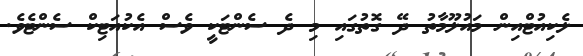
ލެކިއުޓްއިން މައުލޫމާތު ދޭ ގޮތުގައި މި ދެ ސެންޓަކީ ވެސް އެކުއަޓިކް ސެންޓެވެ.